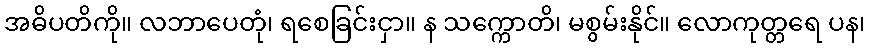
အဓိပတိကို။ လဘာပေတုံ၊ ရစေခြင်းငှာ။ န သက္ကောတိ၊ မစွမ်းနိုင်။ လောကုတ္တရေ ပန၊